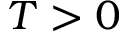
T > 0